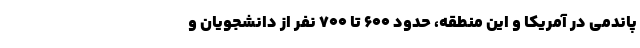
پاندمی در آمریکا و این منطقه، حدود ۶۰۰ تا ۷۰۰ نفر از دانشجویان و